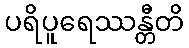
ပရိပူရေဿန္တီတိ